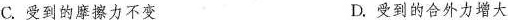
C.受到的摩擦力不变 D.受到的合外力增大